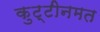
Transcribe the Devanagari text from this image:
कुट्टीनमत